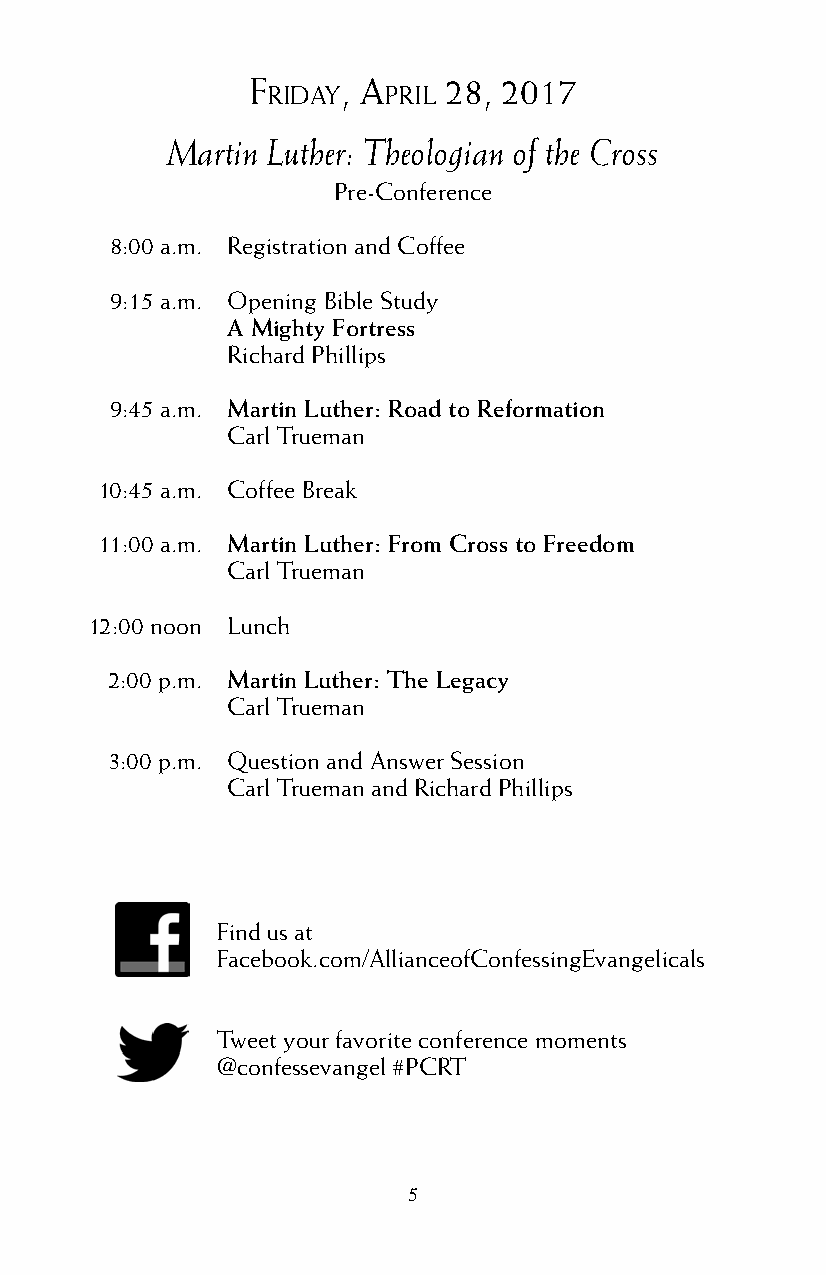
f     , a   28, 2017
 rIday  prIl
 Martin Luther: Theologian of the Cross
 Pre-Conference
 8:00 a.m. Registration and Coffee
 9:15 a.m. Opening Bible Study
 A Mighty Fortress
 Richard Phillips
 9:45 a.m. Martin Luther: Road to Reformation
 Carl Trueman
 10:45 a.m. Coffee Break
 11:00 a.m. Martin Luther: From Cross to Freedom
 Carl Trueman
 12:00 noon Lunch
 2:00 p.m. Martin Luther: The Legacy
 Carl Trueman
 3:00 p.m. Question and Answer Session
 Carl Trueman and Richard Phillips
 Find us at
 Facebook.com/AllianceofConfessingEvangelicals
 Tweet your favorite conference moments
 @confessevangel #PCRT
 5